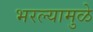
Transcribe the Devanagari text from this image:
भरल्यामुळे